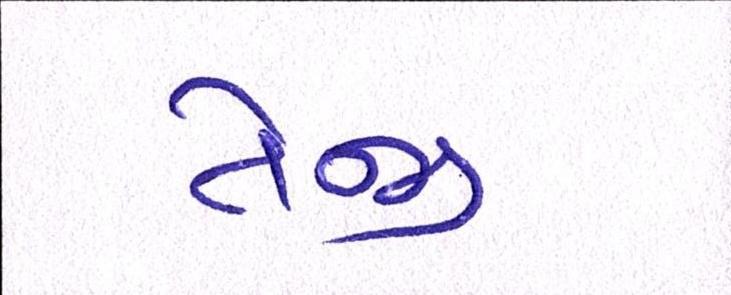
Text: તેજી